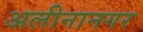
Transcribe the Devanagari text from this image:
अलीनानगर